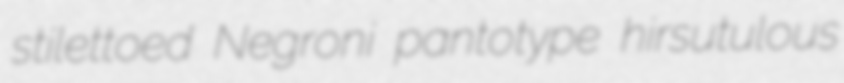
stilettoed Negroni pantotype hirsutulous